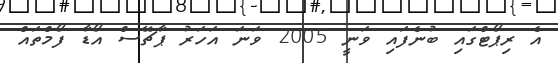
އެ ރިޕޯޓްގައި ބުނެފައި ވަނީ 2005 ވަނަ އަހަރު ޕާޗޭސް އޯޑާ ފޯމްތައް